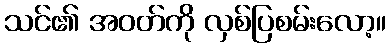
သင်၏ အဝတ်ကို လှစ်ပြစမ်းလော့။